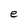
Character: e